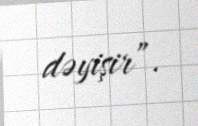
dəyişir”.